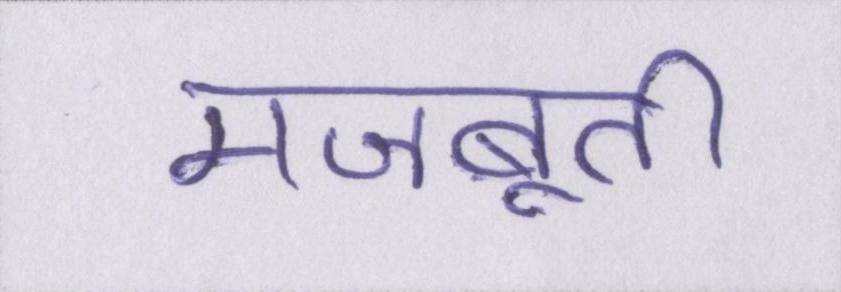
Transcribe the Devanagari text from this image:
मजबूती